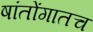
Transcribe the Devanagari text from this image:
षांतोंगातच